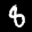
Label: 8